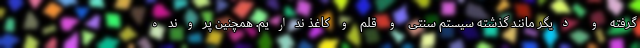
گرفته و دیگر مانند گذشته سیستم سنتی و قلم و کاغذ نداریم. همچنین پرونده